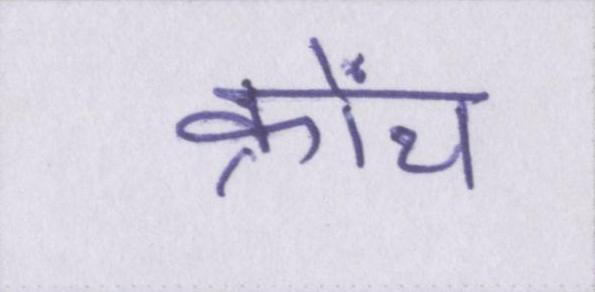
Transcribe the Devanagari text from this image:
क्रोंच